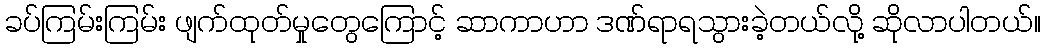
ခပ်ကြမ်းကြမ်း ဖျက်ထုတ်မှုတွေကြောင့် ဆာကာဟာ ဒဏ်ရာရသွားခဲ့တယ်လို့ ဆိုလာပါတယ်။